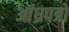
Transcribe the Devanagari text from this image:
आंध्रपत्रों